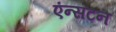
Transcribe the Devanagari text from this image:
एंन्सटन